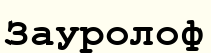
Зауролоф